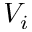
V _ { i }